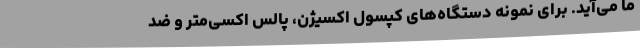
ما می‌آید. برای نمونه دستگاه‌های کپسول اکسیژن، پالس اکسی‌متر و ضد